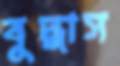
বুদ্ধাস